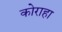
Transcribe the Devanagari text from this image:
कोराहा